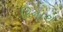
દિનારા